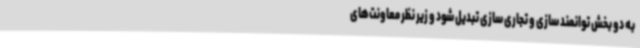
به دو بخش توانمند سازی و تجاری سازی تبدیل شود و زیر نظر معاونت‌های